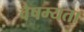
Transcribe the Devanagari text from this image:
वैषम्यता